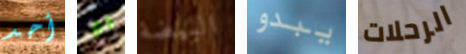
أحد لو البيضة يبدو الرحلات